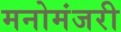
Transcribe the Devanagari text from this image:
मनोमंजरी